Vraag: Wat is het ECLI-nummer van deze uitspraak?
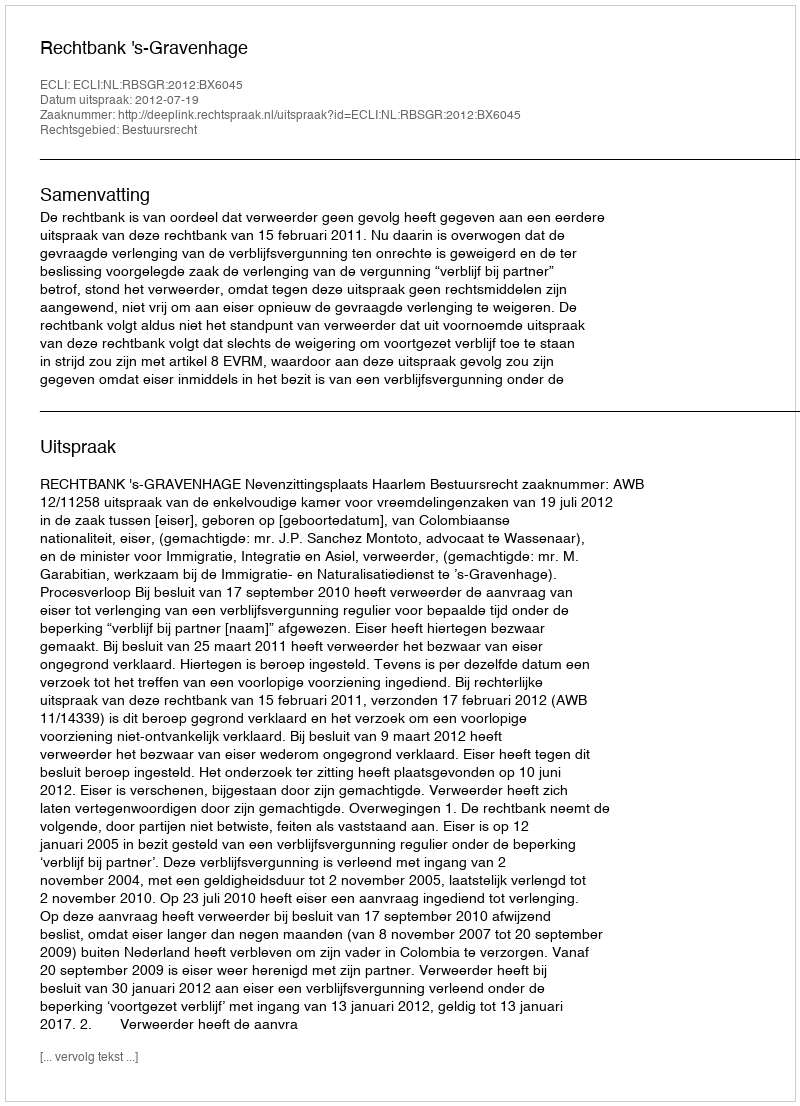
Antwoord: ECLI:NL:RBSGR:2012:BX6045